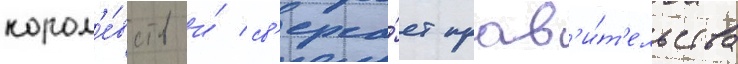
корол'е́вств и́ св'ерга́ет прав'и́т'ельства